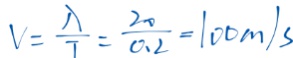
V = \frac { \lambda } { T } = \frac { 2 0 } { 0 . 2 } = 1 0 0 m / s